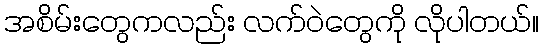
အစိမ်းတွေကလည်း လက်ဝဲတွေကို လိုပါတယ်။